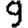
Digit: 9